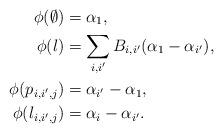
LaTeX: \begin{align*} \phi(\emptyset)&=\alpha_1,\\ \phi(l)&=\sum_{i,i'} B_{i,i'}(\alpha_1-\alpha_{i'}),\\ \phi(p_{i,i',j})&=\alpha_{i'}-\alpha_1,\\ \phi(l_{i,i',j})&=\alpha_i-\alpha_{i'}.\end{align*}